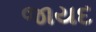
જાયદ